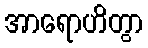
အာရောဟိတွာ